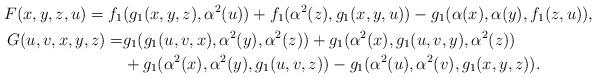
LaTeX: \begin{gather*}F(x, y, z, u)=f_1(g_1(x, y, z), \alpha^2(u))+f_1(\alpha^2(z), g_1(x, y, u))-g_1(\alpha(x), \alpha(y), f_1(z, u)),\\\begin{aligned}G(u, v, x, y, z)=&g_1(g_1(u, v, x), \alpha^2(y), \alpha^2(z))+g_1(\alpha^2(x), g_1(u, v, y), \alpha^2(z))\\ &+g_1(\alpha^2(x), \alpha^2(y), g_1(u, v, z))-g_1(\alpha^2(u), \alpha^2(v), g_1(x, y, z)).\end{aligned}\end{gather*}